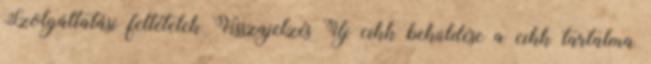
Szolgáltatási feltételek Visszajelzés Új cikk beküldése a cikk tartalma